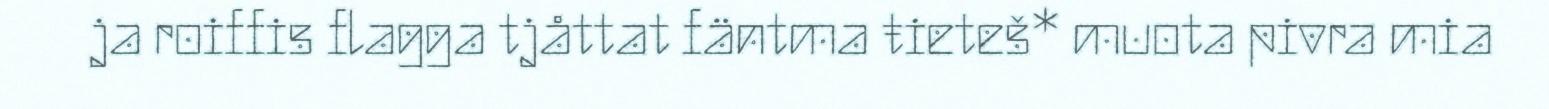
ja roiffis flagga tjåttat fäntma ŧieteš* muota pivra mia